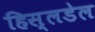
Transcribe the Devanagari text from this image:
हिस्लडेल